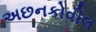
અછનકોવીલ